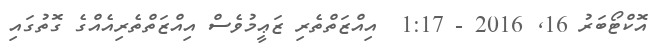
އޮކްޓޯބަރު 16